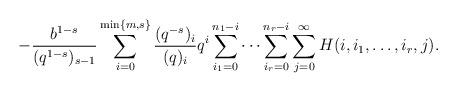
LaTeX: \begin{align*}-\frac{b^{1 - s}}{(q^{1 - s})_{s - 1}} \sum_{i = 0}^{\min\left\{m, s \right\}} \frac{(q^{-s})_{i}}{(q)_{i}} q^{i} \sum_{i_{1} = 0}^{n_{1} - i} \dotsm \sum_{i_{r} = 0}^{n_{r} - i} \sum_{j = 0}^{\infty} H (i, i_{1}, \dotsc, i_{r}, j). \end{align*}